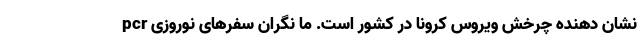
pcr نشان دهنده چرخش ویروس کرونا در کشور است. ما نگران سفرهای نوروزی